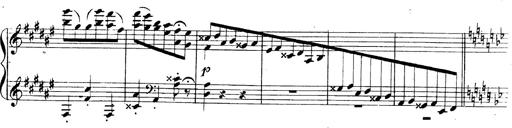
Title: 3 Caprices-Valses
Composer: Franz Liszt